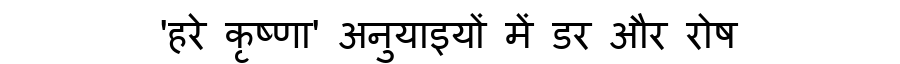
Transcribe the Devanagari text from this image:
'हरे कृष्णा' अनुयाइयों में डर और रोष